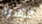
عشرة